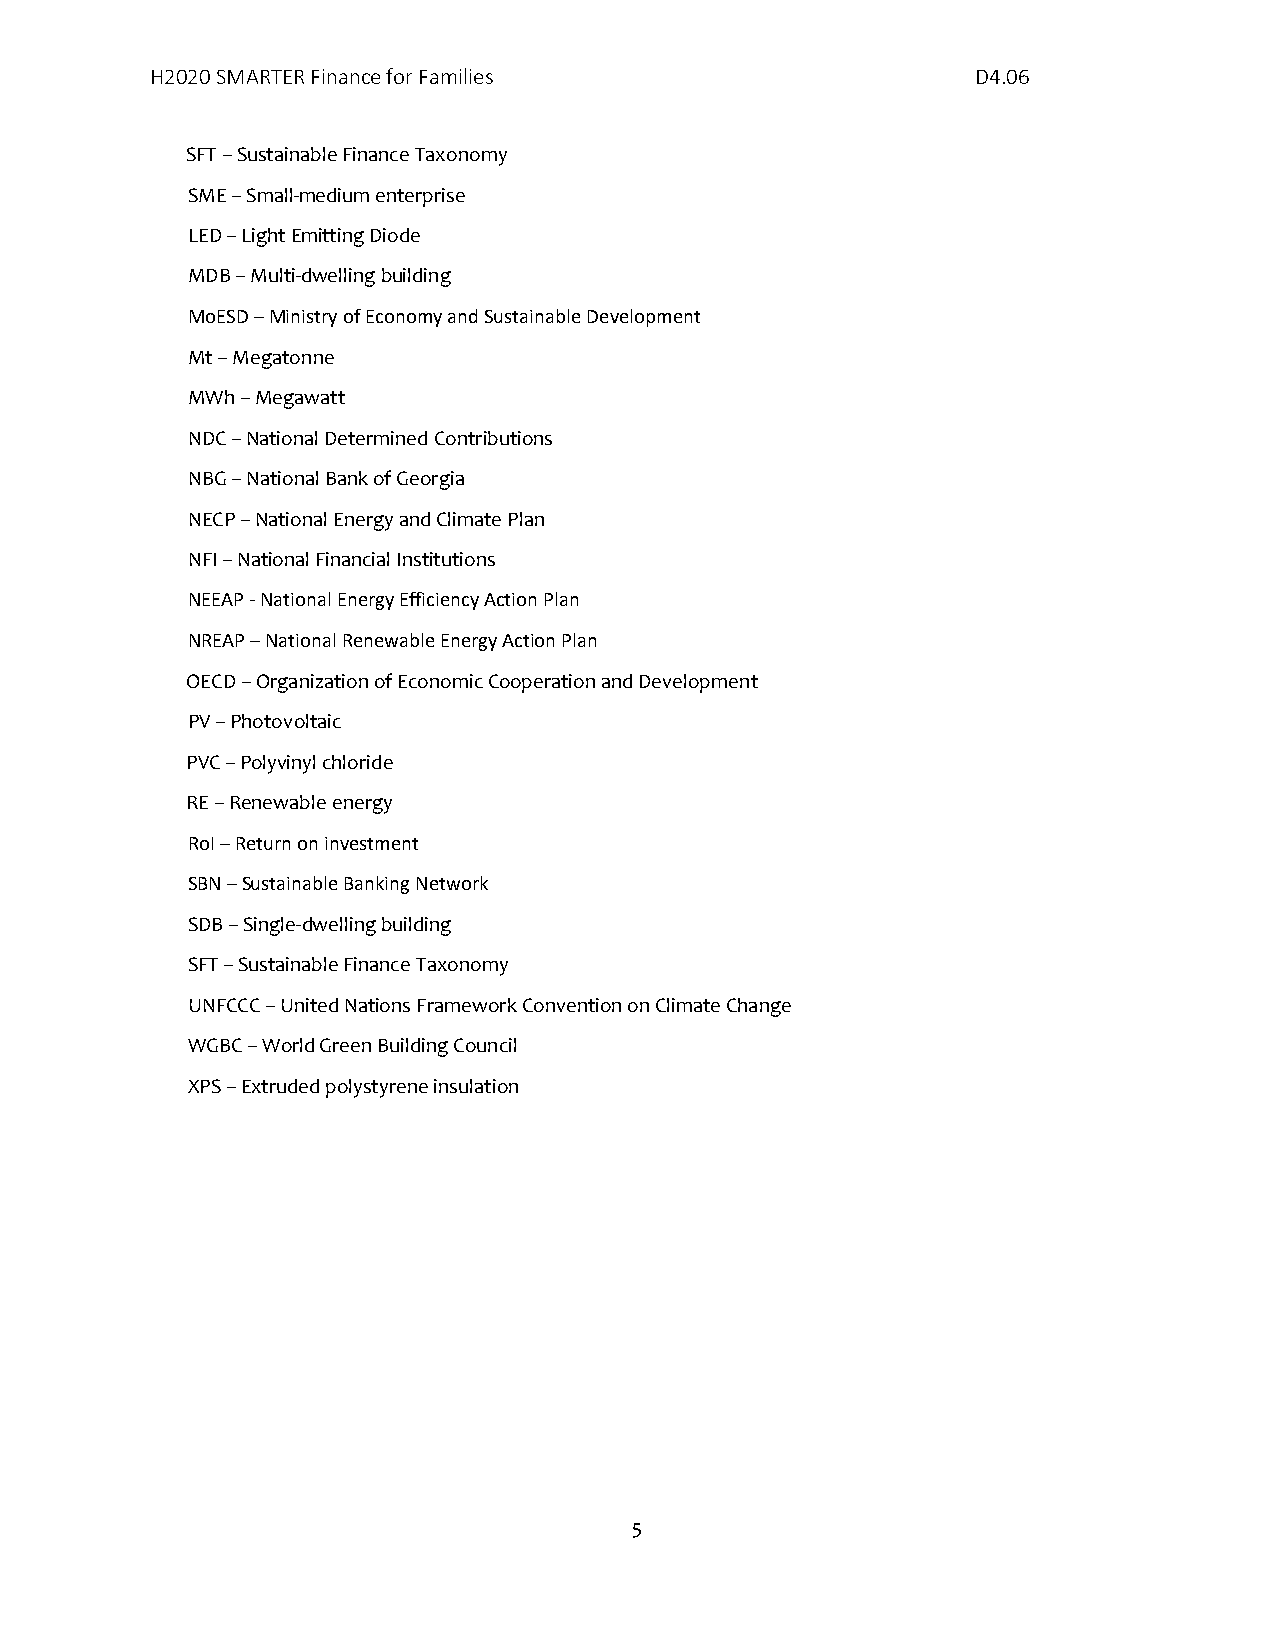
H2020 SMARTER Finance for Families                     D4.06
 SFT – Sustainable Finance Taxonomy
 SME – Small-medium enterprise
 LED – Light Emitting Diode
 MDB – Multi-dwelling building
 MoESD – Ministry of Economy and Sustainable Development
 Mt – Megatonne
 MWh – Megawatt
 NDC – National Determined Contributions
 NBG – National Bank of Georgia
 NECP – National Energy and Climate Plan
 NFI – National Financial Institutions
 NEEAP - National Energy Efficiency Action Plan
 NREAP – National Renewable Energy Action Plan
 OECD – Organization of Economic Cooperation and Development
 PV – Photovoltaic
 PVC – Polyvinyl chloride
 RE – Renewable energy
 RoI – Return on investment
 SBN – Sustainable Banking Network
 SDB – Single-dwelling building
 SFT – Sustainable Finance Taxonomy
 UNFCCC – United Nations Framework Convention on Climate Change
 WGBC – World Green Building Council
 XPS – Extruded polystyrene insulation
 5